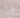
لي